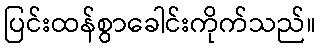
ပြင်းထန်စွာခေါင်းကိုက်သည်။